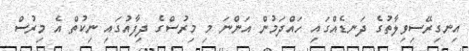
އިނގިރޭސިވިލާތުގެ ދަނޑެއްގައި ހައްދަމުން އަންނަ މި މިރުސްގެ ދިފާއުގައި ނިކުތް އެ މިރުސް